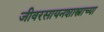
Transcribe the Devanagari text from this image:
जीवरसायनशास्त्राच्या